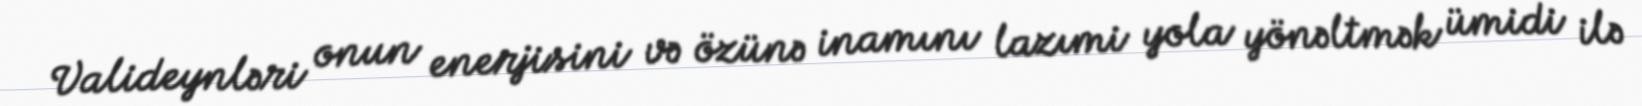
Valideynləri onun enerjisini və özünə inamını lazımi yola yönəltmək ümidi ilə